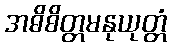
အဓိစိတ္တမနုယုတ္တံ